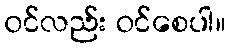
၀င်လည်း ဝင်စေပါ။